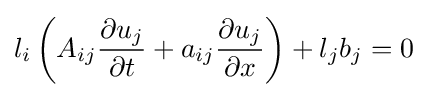
l_{i}\left(A_{ij}{\frac {\partial u_{j}}{\partial t}}+a_{ij}{\frac {\partial u_{j}}{\partial x}}\right)+l_{j}b_{j}=0